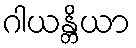
ဂါယန္တိယာ